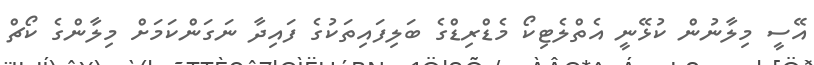
އޭސީ މިލާނުން ކުޅޭނީ އެތްލެޓިކޯ މެޑްރިޑްގެ ބަލިފައިތަކުގެ ފައިދާ ނަގަންކަމަށް މިލާންގެ ކޯޗް